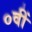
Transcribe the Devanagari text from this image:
०वीं